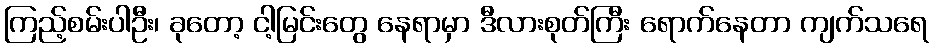
ကြည့်စမ်းပါဦး၊ ခုတော့ ငါ့မြင်းတွေ နေရာမှာ ဒီလားစုတ်ကြီး ရောက်နေတာ ကျက်သရေ